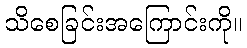
သိစေခြင်းအကြောင်းကို။